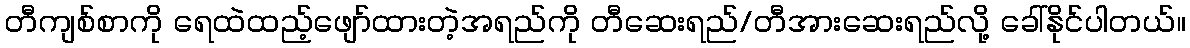
တီကျစ်စာကို ရေထဲထည့်ဖျော်ထားတဲ့အရည်ကို တီဆေးရည်/တီအားဆေးရည်လို့ ခေါ်နိုင်ပါတယ်။